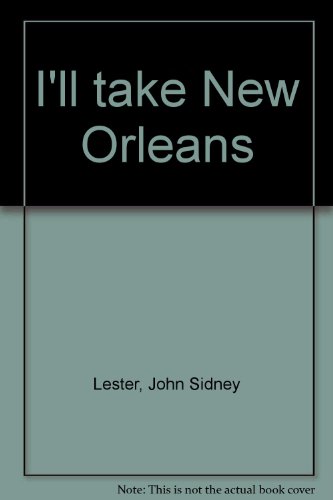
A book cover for I'll take New Orleans; John Sidney Lester; Travel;